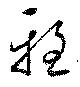
雅